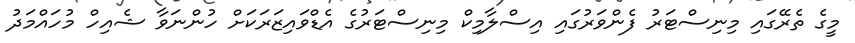
މީގެ ތެރޭގައި މިނިސްޓަރު ފެންވަރުގައި އިސްލާމިކް މިނިސްޓަރުގެ އެޑްވައިޒަރަކަށް ހުންނަވާ ޝެއިހް މުހައްމަދު